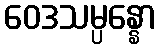
ဝေဒသမ္ပန္နော